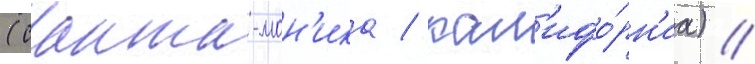
(санта-мон'ика / кал'ифо́рн'иа) //